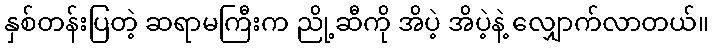
နှစ်တန်းပြတဲ့ ဆရာမကြီးက ညို့ဆီကို အိပဲ့ အိပဲ့နဲ့ လျှောက်လာတယ်။